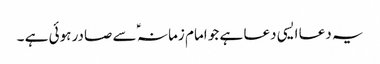
یہ دعا ایسی دعا ہے جو امام زمانہ ؑ سے صادر ہوئی ہے ۔